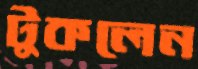
টুকলেন